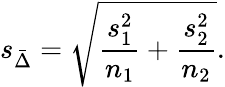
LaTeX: s_{\bar{\Delta}}={\sqrt{{\frac{s_{1}^{2}}{n_{1}}}+{\frac{s_{2}^{2}}{n_{2}}}}}.